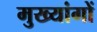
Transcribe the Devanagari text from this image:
मुख्यांगों